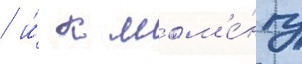
/ и́ к мом'е́нту